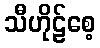
သီဟိုဠ်စေ့